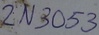
Text: 2N3053